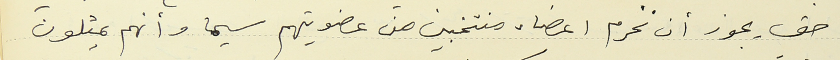
حق يجوز أن نحرم اعضاء منتخبين من عضويتهم سيما وأنهم يمثلون